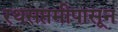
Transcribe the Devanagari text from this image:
रथसप्तमीपासून